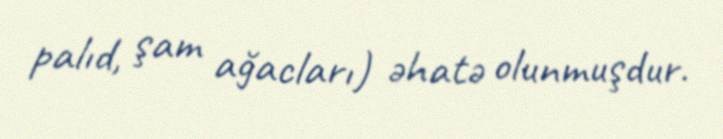
palıd, şam ağacları) əhatə olunmuşdur.